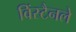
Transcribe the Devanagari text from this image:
विंस्टैनले